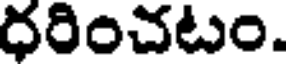
దరించటం.